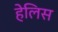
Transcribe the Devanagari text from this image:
हेलिस